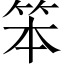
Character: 笨